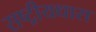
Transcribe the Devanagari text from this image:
राष्ट्रीयधारा